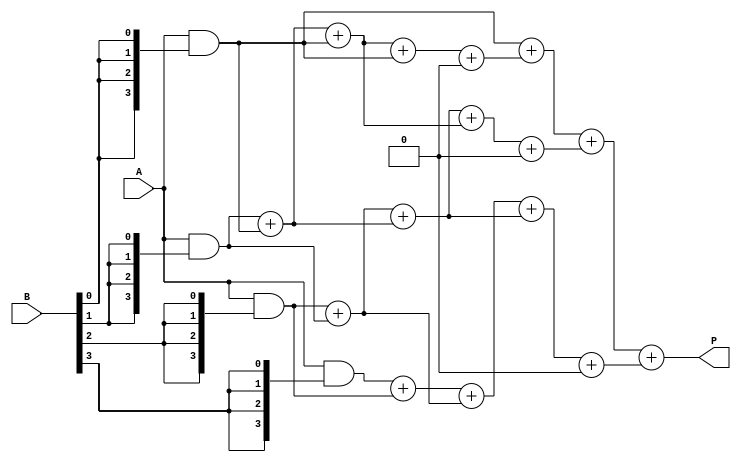
module dadda_multiplier #(parameter N = 4) (
    input [N-1:0] A,
    input [N-1:0] B,
    output reg [2*N-1:0] P
);

    // Generate partial products
    wire [N-1:0] pp [0:N-1]; // Partial products
    genvar i, j;
    generate
        for (i = 0; i < N; i = i + 1) begin : pp_gen
            assign pp[i] = A & {N{B[i]}}; // ANDing each bit of B with A
        end
    endgenerate

    // Stage 1: Initial reduction
    wire [N:0] stage1 [0:N-1]; // Stage1 outputs
    wire [N:0] stage2 [0:N-1]; // Stage2 outputs
    wire [N:0] stage3 [0:N-1]; // Stage3 outputs

    // Half adder
    function [N:0] half_adder(input [N-1:0] a, input [N-1:0] b);
        half_adder = {1'b0, a} + {1'b0, b};
    endfunction

    // Full adder
    function [N:0] full_adder(input [N-1:0] a, input [N-1:0] b, input c_in);
        full_adder = {1'b0, a} + {1'b0, b} + c_in;
    endfunction

    // Reduction stages
    integer k;
    always @(*) begin
        // Stage 1
        for (k = 0; k < N; k = k + 1) begin
            if (k == 0) begin
                stage1[k] = pp[k]; // First partial product
            end else if (k < N-1) begin
                stage1[k] = half_adder(pp[k], pp[k-1]);
            end else begin
                stage1[k] = {1'b0, pp[k]} + {1'b0, pp[k-1]};
            end
        end

        // Stage 2
        for (k = 0; k < N; k = k + 1) begin
            if (k == 0) begin
                stage2[k] = stage1[k]; // First stage output
            end else if (k < N-2) begin
                stage2[k] = half_adder(stage1[k], stage1[k-1]);
            end else begin
                stage2[k] = {1'b0, stage1[k]} + {1'b0, stage1[k-1]};
            end
        end

        // Stage 3
        for (k = 0; k < N; k = k + 1) begin
            if (k == 0) begin
                stage3[k] = stage2[k]; // First stage output
            end else begin
                stage3[k] = full_adder(stage2[k], stage2[k-1], 1'b0);
            end
        end

        // Final product
        P = stage3[0] + stage3[1] + stage3[2] + stage3[3]; // Adjust according to N
    end

endmodule